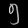
Digit: ၅